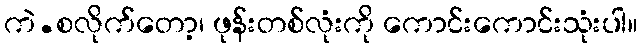
ကဲ.စလိုက်တော့၊ ဖုန်းတစ်လုံးကို ကောင်းကောင်းသုံးပါ။